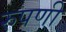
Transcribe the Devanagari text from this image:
रुपणी